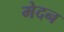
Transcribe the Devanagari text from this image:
मेदन